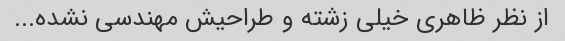
از نظر ظاهری خیلی زشته و طراحیش مهندسی نشده...